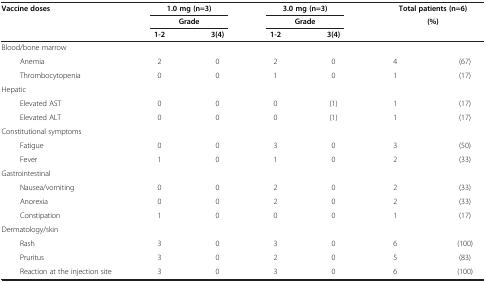
| Vaccine doses | <COLSPAN=2> 1.0 mg (n=3) | <COLSPAN=2> 3.0 mg (n=3) | <COLSPAN=2> Total patients (n=6) |
 |  | <COLSPAN=2> Grade | <COLSPAN=2> Grade | <COLSPAN=2> (%) |
 |  | 1-2 | 3(4) | 1-2 | 3(4) |  |  |
 | --- | --- | --- | --- | --- | --- | --- |
 | Blood/bone marrow |  |  |  |  |  |  |
 | Anemia | 2 | 0 | 2 | 0 | 4 | (67) |
 | Thrombocytopenia | 0 | 0 | 1 | 0 | 1 | (17) |
 | Hepatic |  |  |  |  |  |  |
 | Elevated AST | 0 | 0 | 0 | (1) | 1 | (17) |
 | Elevated ALT | 0 | 0 | 0 | (1) | 1 | (17) |
 | Constitutional symptoms |  |  |  |  |  |  |
 | Fatigue | 0 | 0 | 3 | 0 | 3 | (50) |
 | Fever | 1 | 0 | 1 | 0 | 2 | (33) |
 | Gastrointestinal |  |  |  |  |  |  |
 | Nausea/vomiting | 0 | 0 | 2 | 0 | 2 | (33) |
 | Anorexia | 0 | 0 | 2 | 0 | 2 | (33) |
 | Constipation | 1 | 0 | 0 | 0 | 1 | (17) |
 | Dermatology/skin |  |  |  |  |  |  |
 | Rash | 3 | 0 | 3 | 0 | 6 | (100) |
 | Pruritus | 3 | 0 | 2 | 0 | 5 | (83) |
 | Reaction at the injection site | 3 | 0 | 3 | 0 | 6 | (100) |